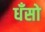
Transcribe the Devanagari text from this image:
धँसो